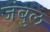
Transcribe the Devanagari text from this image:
जंबुल